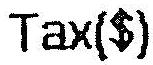
TAX($)